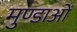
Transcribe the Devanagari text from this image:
मुण्डाओं